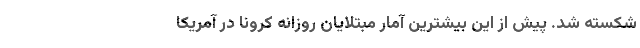
شکسته شد. پیش از این بیشترین آمار مبتلایان روزانه کرونا در آمریکا